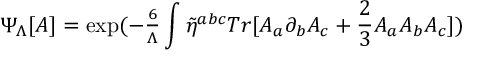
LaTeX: \Psi _ { \Lambda } [ A ] = \mathrm { e x p } ( - { \textstyle { \frac { 6 } { \Lambda } } } \int \tilde { \eta } ^ { a b c } T r [ A _ { a } \partial _ { b } A _ { c } + { \frac { \textstyle 2 } { 3 } } A _ { a } A _ { b } A _ { c } ] )